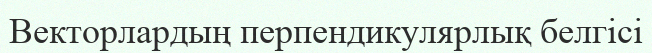
Векторлардың перпендикулярлық белгісі